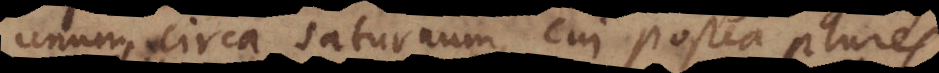
unum circa Saturnum, cui postea plures